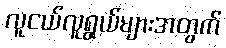
လူငယ်လူရွယ်များအတွက်